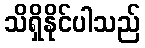
သိရှိနိုင်ပါသည်